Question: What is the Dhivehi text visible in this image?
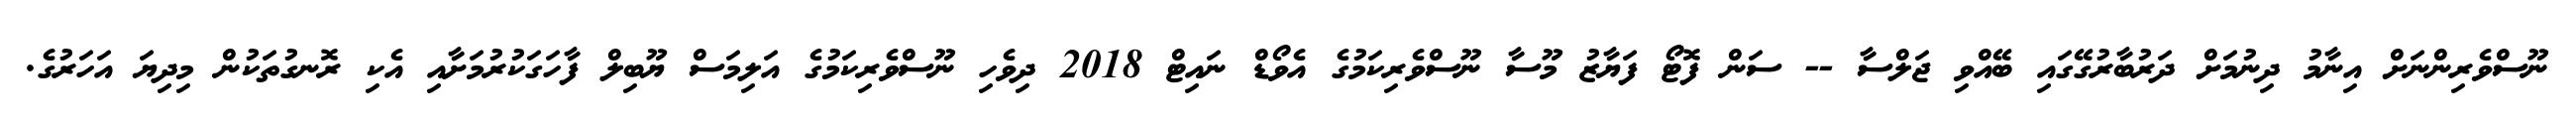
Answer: ނޫސްވެރިންނަށް އިނާމު ދިނުމަށް ދަރުބާރުގޭގައި ބޭއްވި ޖަލްސާ -- ސަން ފޮޓޯ ފަޔާޒު މޫސާ ނޫސްވެރިކަމުގެ އެވޯޑް ނައިޓް 2018 ދިވެހި ނޫސްވެރިކަމުގެ އަލިމަސް ޔޫބިލް ފާހަގަކުރުމަށާއި އެކި ރޮނގުތަކުން މިދިޔަ އަހަރުގެ.